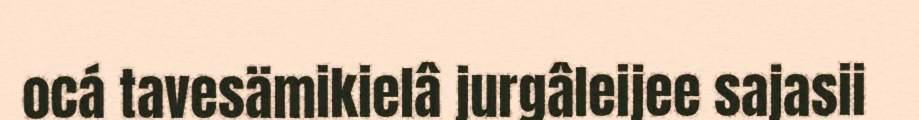
ocá tavesämikielâ jurgâleijee sajasii